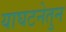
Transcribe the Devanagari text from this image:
याघटनेतुन